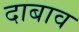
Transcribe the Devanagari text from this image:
दाबाव